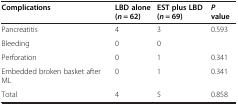
<table><thead><tr><td><b>Complications</b></td><td><b>LBD alone (<i>n</i> = 62)</b></td><td><b>EST plus LBD (<i>n</i> = 69)</b></td><td><b><i>P </i>value</b></td></tr></thead><tbody><tr><td>Pancreatitis</td><td>4</td><td>3</td><td>0.593</td></tr><tr><td>Bleeding</td><td>0</td><td>0</td><td> </td></tr><tr><td>Perforation</td><td>0</td><td>1</td><td>0.341</td></tr><tr><td>Embedded broken basket after ML</td><td>0</td><td>1</td><td>0.341</td></tr><tr><td>Total</td><td>4</td><td>5</td><td>0.858</td></tr></tbody></table>